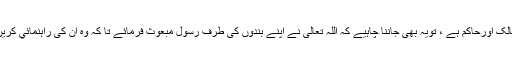
توجب یہ واضح ہوگيا کہ یہ سب کچھ اللہ تعالی کا ہی ہے اوروہی خالق ومالک اورحاکم ہے ، تویہ بھی جاننا چاہیے کہ اللہ تعالی نے اپنے بندوں کی طرف رسول مبعوث فرمائے تا کہ وہ ان کی راہنمائي کریں اورانہيں دین سکھائيں اورنجات وفلاح اورکامیابی کے راستے پرچلائیں ۔